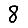
Digit: 8